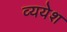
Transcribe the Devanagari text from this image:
व्ययेश